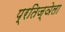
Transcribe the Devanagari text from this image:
प्रतिज्ञेला